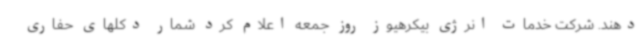
دهند. شرکت خدمات انرژی بیکرهیوز روز جمعه اعلام کرد شمار دکلهای حفاری